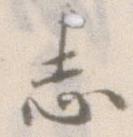
志